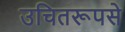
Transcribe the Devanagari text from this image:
उचितरूपसे